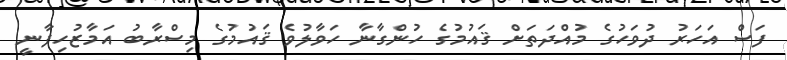
ފަސް އަހަރު ދުވަހުގެ މުއްދަތަށް ޤައުމުގެ ހުންގާނާ ހަވާލުވެ ޤައުމުގެ މިސްރާބު އަމާޒުހިފާނީ